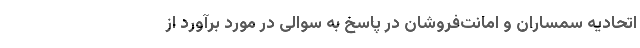
اتحادیه‌ سمساران و امانت‌فروشان در پاسخ به سوالی در مورد برآورد از